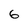
Character: 6